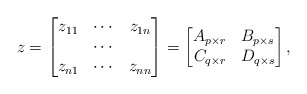
\begin{align*}z=\begin{bmatrix} z_{11} & \cdots & z_{1n} \\ & \cdots & \\ z_{n1} & \cdots & z_{nn}\end{bmatrix}=\begin{bmatrix} A_{p\times r} & B_{p\times s} \\ C_{q\times r} & D_{q\times s}\end{bmatrix}, \end{align*}